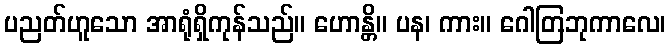
ပညတ်ဟူသော အာရုံရှိကုန်သည်။ ဟောန္တိ။ ပန၊ ကား။ ဂေါတြဘုကာလေ၊